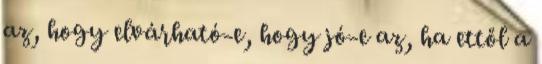
az, hogy elvárható-e, hogy jó-e az, ha ettől a